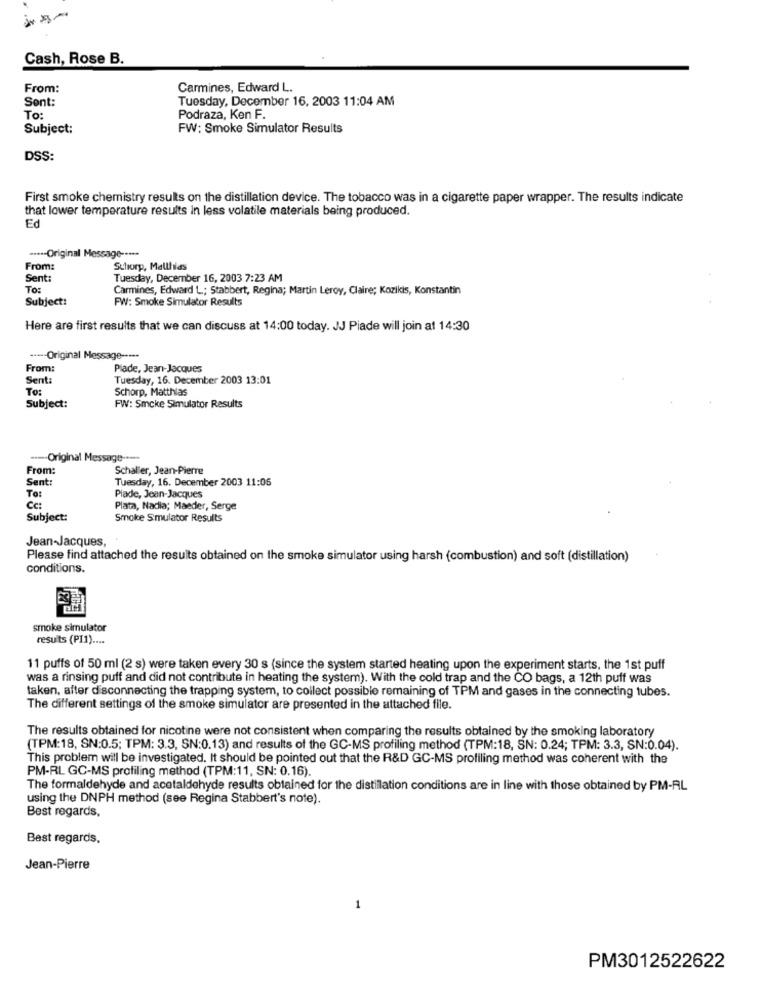
Cash, Rose B.
From:
Carmines, Edward L.
Sent:
Tuesday, December 16, 2003 11:04 AM
To:
Podraza, Ken F.
Subject:
FW: Smoke Simulator Results
DSS:
First smoke chemistry results on the distillation device. The tobacco was in a cigarette paper wrapper. The results indicate
that lower temperature results in less volatile materials being produced.
Ed
****- Original Message -----
From:
Schorp, Matthias
Sent:
Tuesday, December 16, 2003 7:23 AM
To:
Carmines, Edward L; Stabbert, Regina; Martin Leroy, Claire; Kozikis, Konstantin
Subject:
FW: Smoke Simulator Results
Here are first results that we can discuss at 14:00 today. JJ Piade will join at 14:30
--- Original Message --***
From:
Plade, Jean-Jacques
Sent:
Tuesday, 16. December 2003 13:01
To:
Schorp, Matthias
Subject:
FW: Smoke Simulator Results
---- Original Message ----
From:
Schaller, Jean-Pierre
Sent:
Tuesday, 16. December 2003 11:05
To:
Plade, Jean-Jacques
Cc:
Plata, Nadia; Maeder, Serge
Subject:
Smoke Simulator Results
Jean-Jacques,
Please find attached the results obtained on the smoke simulator using harsh (combustion) and soft (distillation)
conditions.
smoke simulator
results (PI1) ....
11 puffs of 50 ml (2 s) were taken every 30 s (since the system started heating upon the experiment starts, the 1st puff
was a rinsing puff and did not contribute in heating the system). With the cold trap and the CO bags, a 12th puff was
taken, after disconnecting the trapping system, to collect possible remaining of TPM and gases in the connecting tubes.
The different settings of the smoke simulator are presented in the attached file.
The results obtained for nicotine were not consistent when comparing the results obtained by the smoking laboratory
(TPM:18, SN:0.5; TPM: 3.3, SN:0.13) and results of the GC-MS profiling method (TPM:18, SN: 0.24; TPM: 3.3, SN:0.04).
This problem will be investigated. It should be pointed out that the R&D GC-MS profiling method was coherent with the
PM-RL GC-MS profiling method (TPM:11, SN: 0.16).
The formaldehyde and acetaldehyde results obtained for the distillation conditions are in line with those obtained by PM-AL
using the DNPH method (see Regina Stabbert's note).
Best regards,
Best regards.
Jean-Pierre
PM3012522622